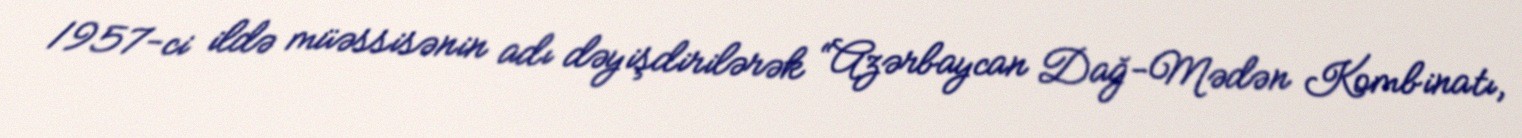
1957-ci ildə müəssisənin adı dəyişdirilərək “Azərbaycan Dağ-Mədən Kombinatı,